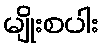
မျိုးစပါး